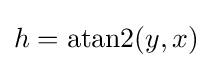
h=\operatorname {atan2} (y,x)